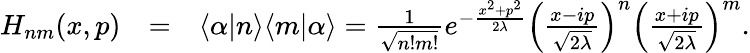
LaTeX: \begin{array}{rlr}{H_{nm}(x,p)}&{=}&{\langle\alpha|n\rangle\langle m|\alpha\rangle=\frac{1}{\sqrt{n!m!}}e^{-\frac{x^{2}+p^{2}}{2\lambda}}\Big(\frac{x-ip}{\sqrt{2\lambda}}\Big)^{n}\Big(\frac{x+ip}{\sqrt{2\lambda}}\Big)^{m}.}\end{array}